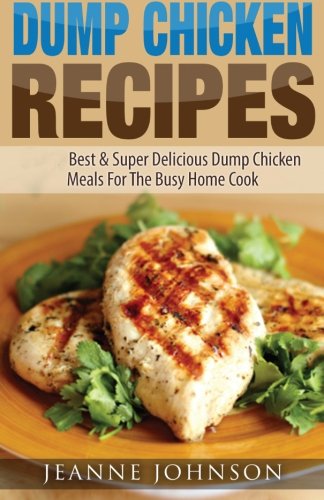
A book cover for Dump Chicken Recipes: Best & Super Delicious Dump Chicken Meals For The Busy Home Cook (Dump Dinners Cookbook); Jeanne K. Johnson; Cookbooks, Food & Wine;